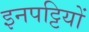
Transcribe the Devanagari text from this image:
इनपट्टियों